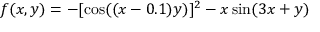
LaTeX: f ( x , y ) = - [ \cos ( ( x - 0 . 1 ) y ) ] ^ { 2 } - x \sin ( 3 x + y )